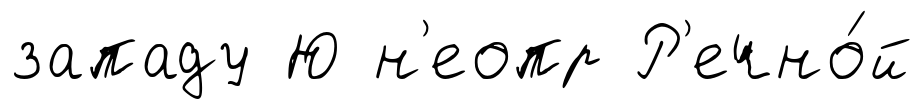
западу Ю н'еопр Р'ечно́й